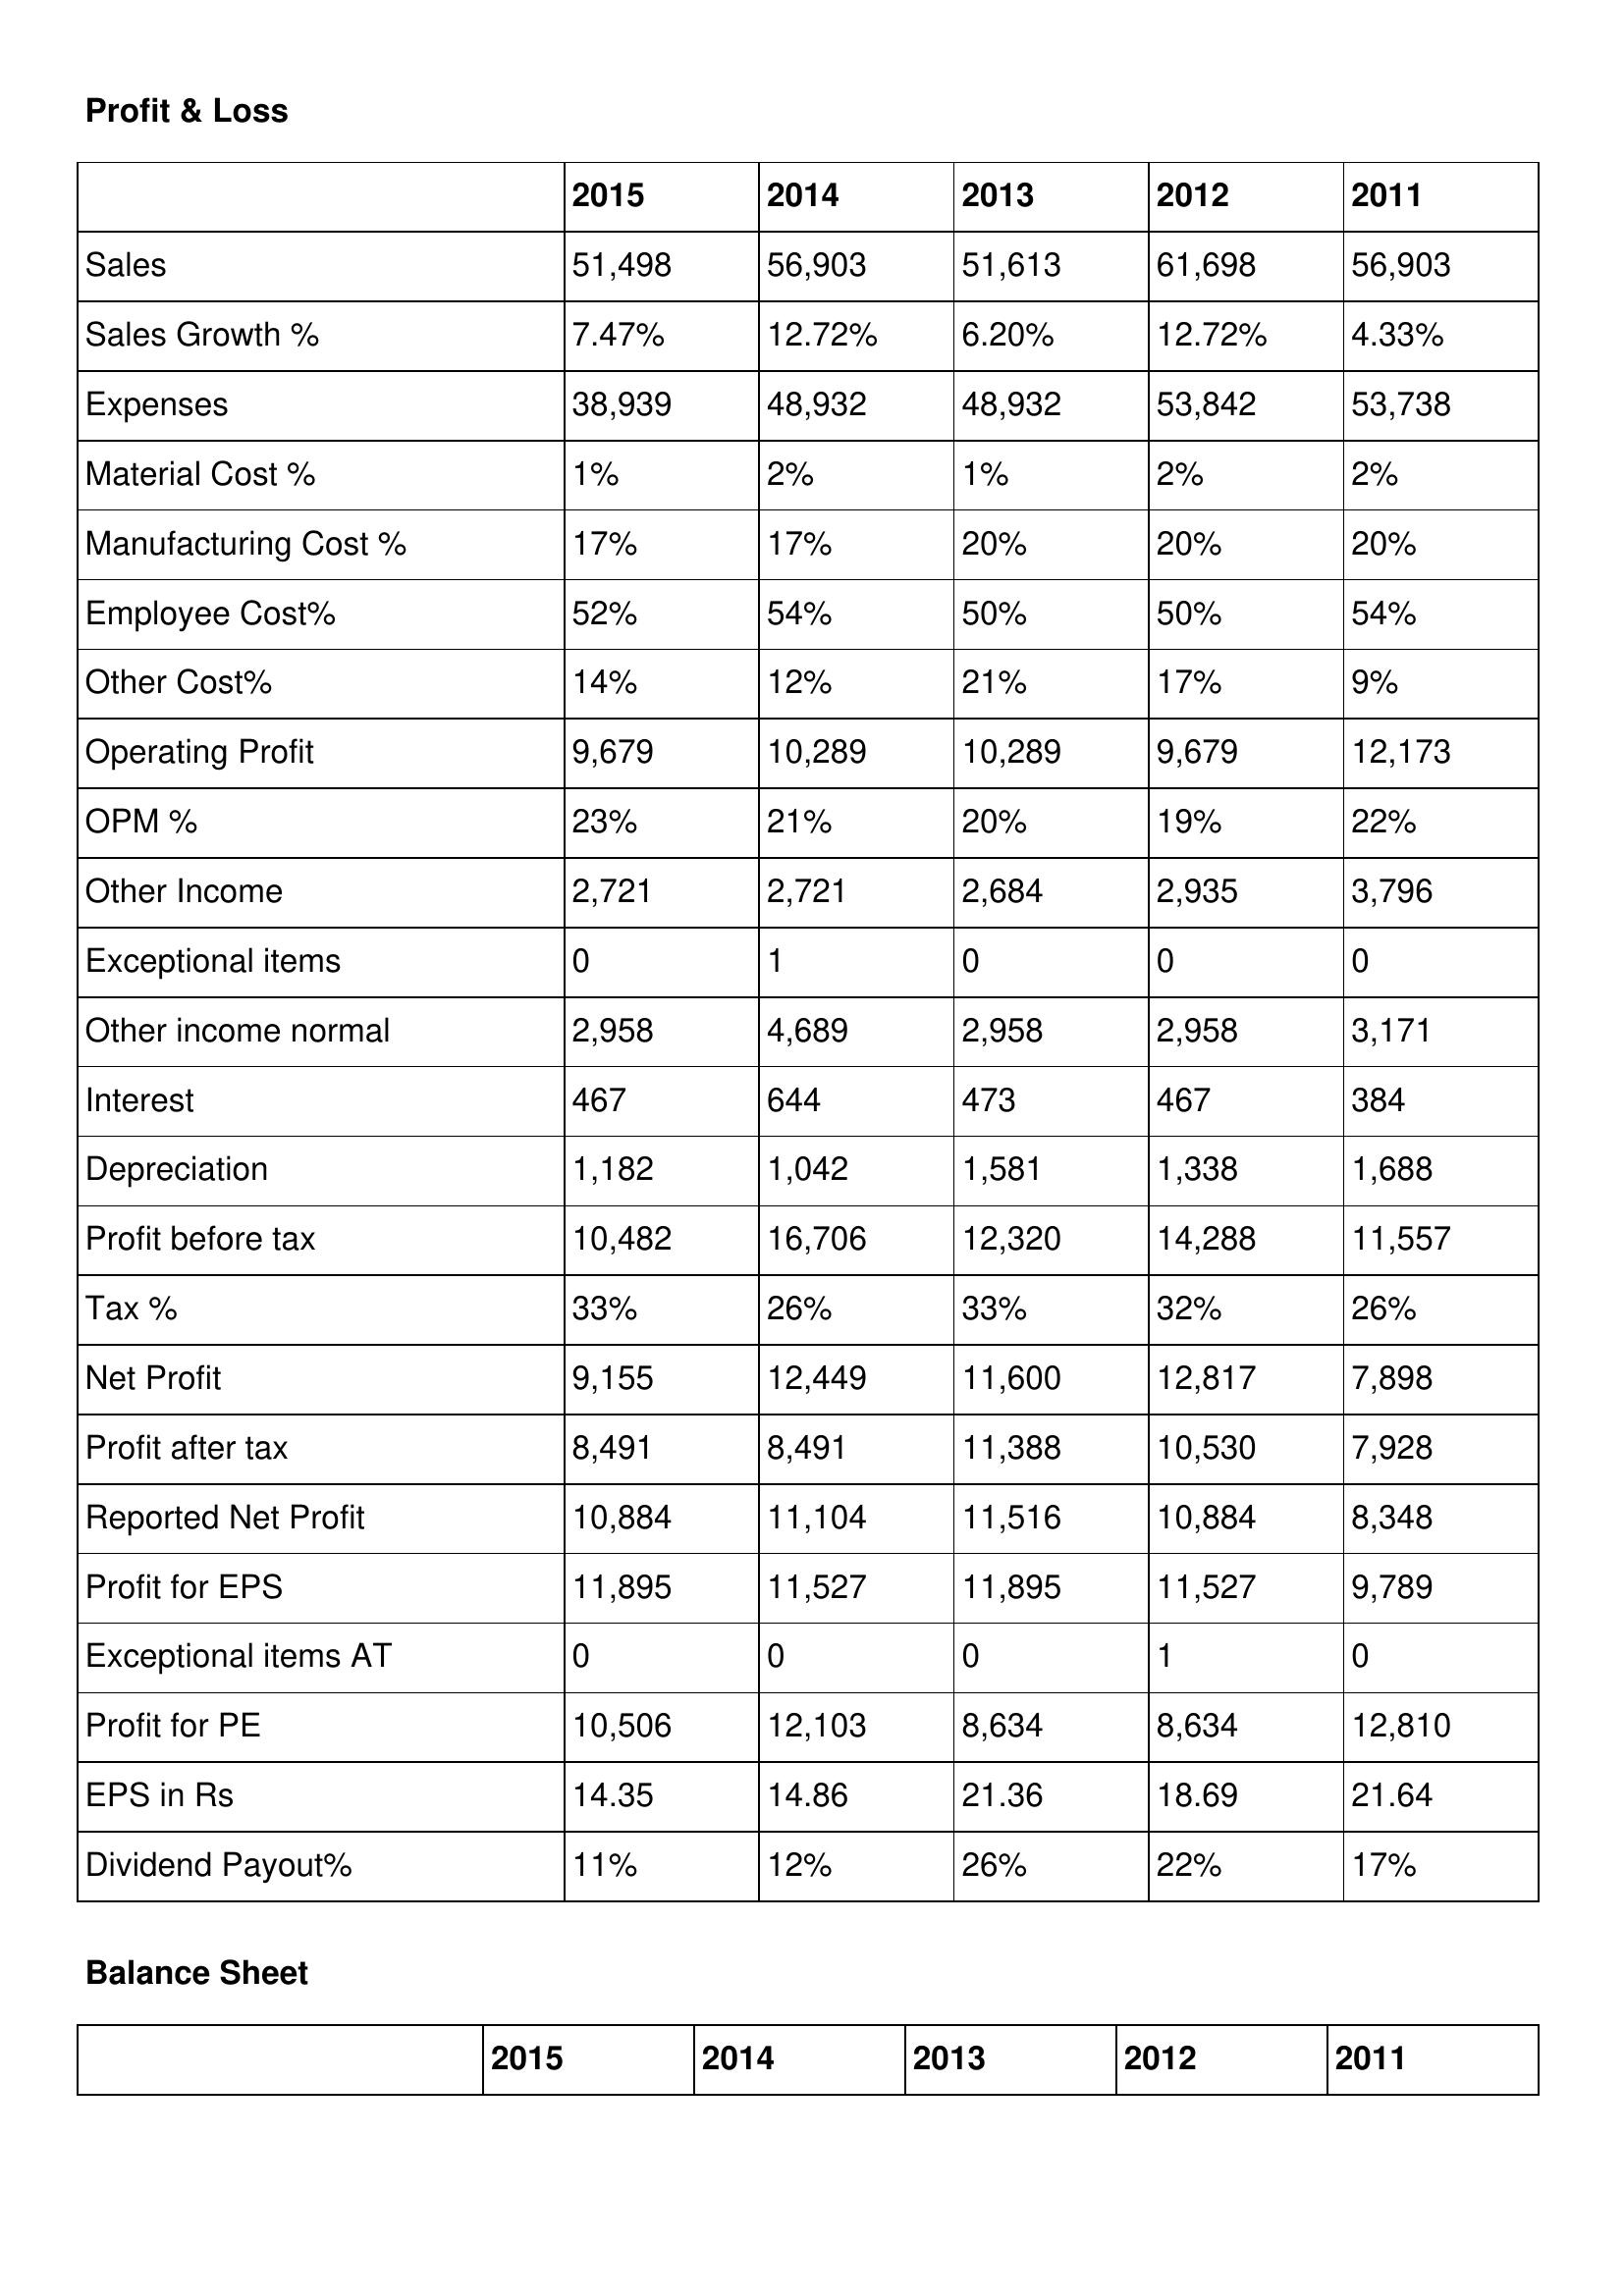
gt_parse: 2015: Profit & Loss: Sales: 51,498
Sales Growth %: 7.47%
Expenses: 38,939
Material Cost %: 1%
Manufacturing Cost %: 17%
Employee Cost%: 52%
Other Cost%: 14%
Operating Profit: 9,679
OPM %: 23%
Other Income: 2,721
Exceptional items: 0
Other income normal: 2,958
Interest: 467
Depreciation: 1,182
Profit before tax: 10,482
Tax %: 33%
Net Profit: 9,155
Profit after tax: 8,491
Reported Net Profit: 10,884
Profit for EPS: 11,895
Exceptional items AT: 0
Profit for PE: 10,506
EPS in Rs: 14.35
Dividend Payout%: 11%
2014: Profit & Loss: Sales: 56,903
Sales Growth %: 12.72%
Expenses: 48,932
Material Cost %: 2%
Manufacturing Cost %: 17%
Employee Cost%: 54%
Other Cost%: 12%
Operating Profit: 10,289
OPM %: 21%
Other Income: 2,721
Exceptional items: 1
Other income normal: 4,689
Interest: 644
Depreciation: 1,042
Profit before tax: 16,706
Tax %: 26%
Net Profit: 12,449
Profit after tax: 8,491
Reported Net Profit: 11,104
Profit for EPS: 11,527
Exceptional items AT: 0
Profit for PE: 12,103
EPS in Rs: 14.86
Dividend Payout%: 12%
2013: Profit & Loss: Sales: 51,613
Sales Growth %: 6.20%
Expenses: 48,932
Material Cost %: 1%
Manufacturing Cost %: 20%
Employee Cost%: 50%
Other Cost%: 21%
Operating Profit: 10,289
OPM %: 20%
Other Income: 2,684
Exceptional items: 0
Other income normal: 2,958
Interest: 473
Depreciation: 1,581
Profit before tax: 12,320
Tax %: 33%
Net Profit: 11,600
Profit after tax: 11,388
Reported Net Profit: 11,516
Profit for EPS: 11,895
Exceptional items AT: 0
Profit for PE: 8,634
EPS in Rs: 21.36
Dividend Payout%: 26%
2012: Profit & Loss: Sales: 61,698
Sales Growth %: 12.72%
Expenses: 53,842
Material Cost %: 2%
Manufacturing Cost %: 20%
Employee Cost%: 50%
Other Cost%: 17%
Operating Profit: 9,679
OPM %: 19%
Other Income: 2,935
Exceptional items: 0
Other income normal: 2,958
Interest: 467
Depreciation: 1,338
Profit before tax: 14,288
Tax %: 32%
Net Profit: 12,817
Profit after tax: 10,530
Reported Net Profit: 10,884
Profit for EPS: 11,527
Exceptional items AT: 1
Profit for PE: 8,634
EPS in Rs: 18.69
Dividend Payout%: 22%
2011: Profit & Loss: Sales: 56,903
Sales Growth %: 4.33%
Expenses: 53,738
Material Cost %: 2%
Manufacturing Cost %: 20%
Employee Cost%: 54%
Other Cost%: 9%
Operating Profit: 12,173
OPM %: 22%
Other Income: 3,796
Exceptional items: 0
Other income normal: 3,171
Interest: 384
Depreciation: 1,688
Profit before tax: 11,557
Tax %: 26%
Net Profit: 7,898
Profit after tax: 7,928
Reported Net Profit: 8,348
Profit for EPS: 9,789
Exceptional items AT: 0
Profit for PE: 12,810
EPS in Rs: 21.64
Dividend Payout%: 17%